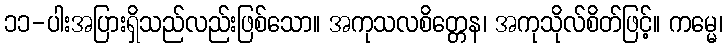
၁၁-ပါးအပြားရှိသည်လည်းဖြစ်သော။ အကုသလစိတ္တေန၊ အကုသိုလ်စိတ်ဖြင့်။ ကမ္မေ၊